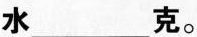
水___克。